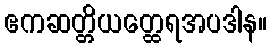
ဧကဆတ္တိယတ္ထေရအပဒါန။